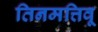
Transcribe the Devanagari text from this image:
तिनमत्तिवू